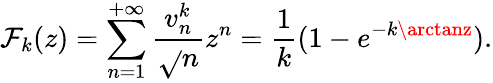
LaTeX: \mathcal{F}_{k}(z)=\sum_{n=1}^{+\infty}\frac{{v_{n}^{k}}}{{\sqrt{}{{n}}}}z^{n}=\frac{{1}}{{k}}(1-e^{-k\arctanz}).